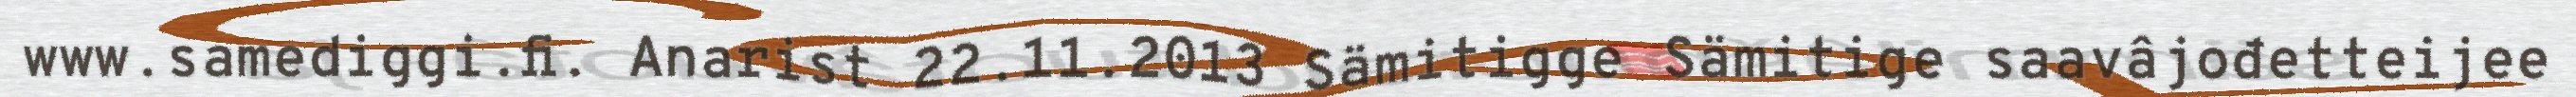
www.samediggi.fi. Anarist 22.11.2013 Sämitigge Sämitige saavâjođetteijee